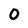
Character: 0